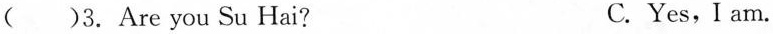
( )3. Are you Su Hai? C. Yes,I am.